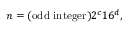
n = ( \mathrm { o d d ~ i n t e g e r } ) 2 ^ { c } 1 6 ^ { d } ,